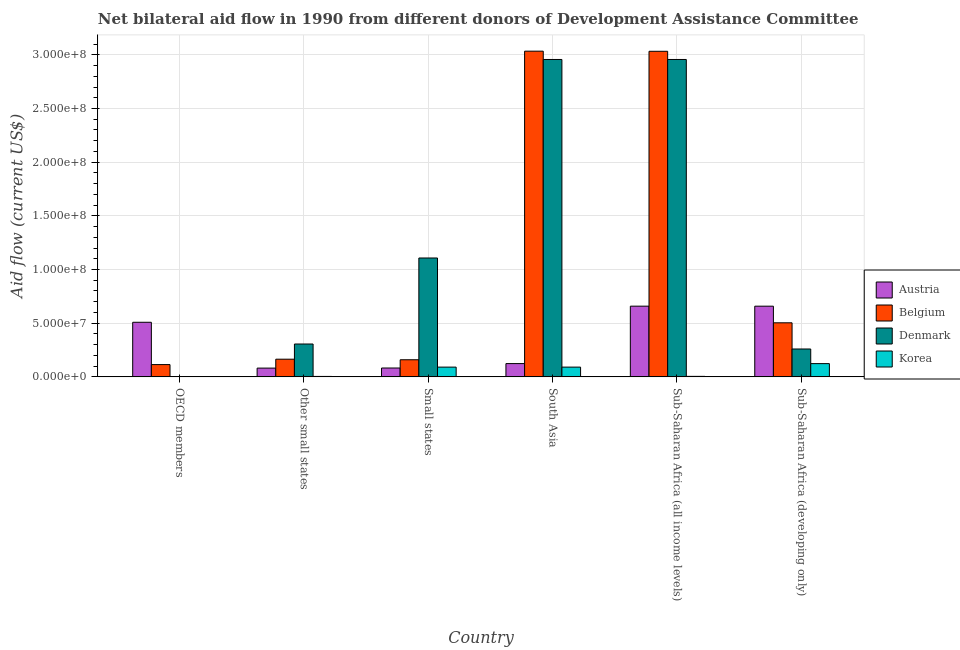
| Country | Austria | Belgium | Denmark | Korea |
 | --- | --- | --- | --- | --- |
 | OECD members | 5.09e+07 | 1.14e+07 | 4e+04 | 1.1e+05 |
 | Other small states | 8.17e+06 | 1.65e+07 | 3.06e+07 | 4.1e+05 |
 | Small states | 8.25e+06 | 1.59e+07 | 1.11e+08 | 9.09e+06 |
 | South Asia | 1.24e+07 | 3.03e+08 | 2.96e+08 | 9.09e+06 |
 | Sub-Saharan Africa (all income levels) | 6.59e+07 | 3.03e+08 | 2.96e+08 | 4.7e+05 |
 | Sub-Saharan Africa (developing only) | 6.59e+07 | 5.04e+07 | 2.6e+07 | 1.23e+07 |